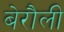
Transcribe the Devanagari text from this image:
बेरौली